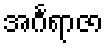
အင်္ဂရာဇာ